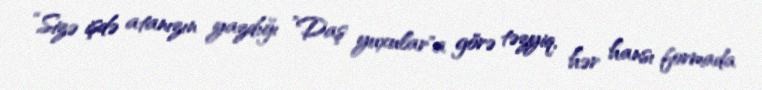
“Sizə işdə atanızın yazdığı ”Daş yuxular"a görə təzyiq, hər hansı formada